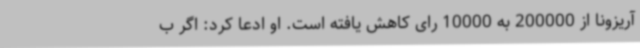
آریزونا از 200000 به 10000 رای کاهش یافته است. او ادعا کرد: اگر ب